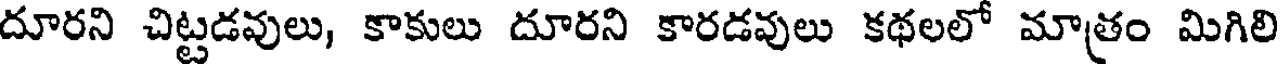
దూరని చిట్టడవులు, కాకులు దూరని కారడవులు కథలలో మాత్రం మిగిలి